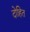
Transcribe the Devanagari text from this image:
दोहित